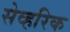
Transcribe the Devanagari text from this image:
सेव्हरिक